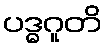
ပဒ္ဓဂူတိ